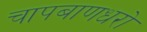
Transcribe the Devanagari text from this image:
चापबाणधरो